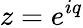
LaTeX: z=e^{iq}